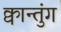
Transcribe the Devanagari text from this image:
क्वान्तुंग